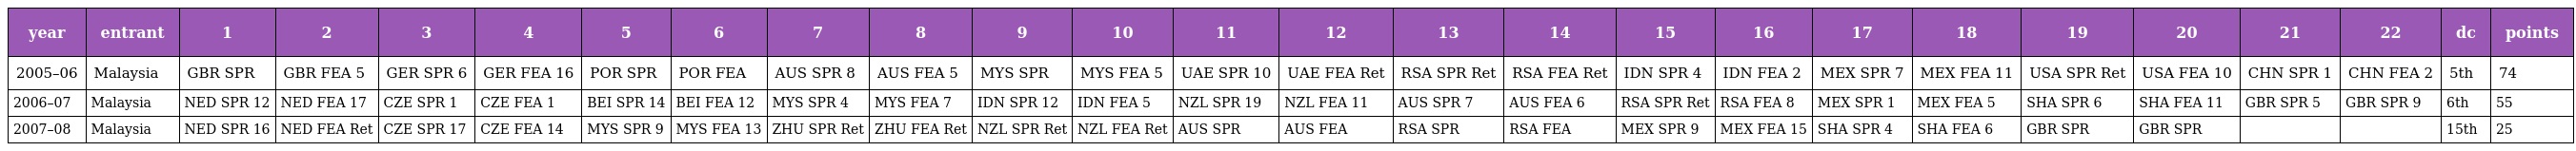
| year | entrant | 1 | 2 | 3 | 4 | 5 | 6 | 7 | 8 | 9 | 10 | 11 | 12 | 13 | 14 | 15 | 16 | 17 | 18 | 19 | 20 | 21 | 22 | dc | points |
 | --- | --- | --- | --- | --- | --- | --- | --- | --- | --- | --- | --- | --- | --- | --- | --- | --- | --- | --- | --- | --- | --- | --- | --- | --- | --- |
 | 2005–06 | Malaysia | GBR SPR | GBR FEA 5 | GER SPR 6 | GER FEA 16 | POR SPR | POR FEA | AUS SPR 8 | AUS FEA 5 | MYS SPR | MYS FEA 5 | UAE SPR 10 | UAE FEA Ret | RSA SPR Ret | RSA FEA Ret | IDN SPR 4 | IDN FEA 2 | MEX SPR 7 | MEX FEA 11 | USA SPR Ret | USA FEA 10 | CHN SPR 1 | CHN FEA 2 | 5th | 74 |
 | 2006–07 | Malaysia | NED SPR 12 | NED FEA 17 | CZE SPR 1 | CZE FEA 1 | BEI SPR 14 | BEI FEA 12 | MYS SPR 4 | MYS FEA 7 | IDN SPR 12 | IDN FEA 5 | NZL SPR 19 | NZL FEA 11 | AUS SPR 7 | AUS FEA 6 | RSA SPR Ret | RSA FEA 8 | MEX SPR 1 | MEX FEA 5 | SHA SPR 6 | SHA FEA 11 | GBR SPR 5 | GBR SPR 9 | 6th | 55 |
 | 2007–08 | Malaysia | NED SPR 16 | NED FEA Ret | CZE SPR 17 | CZE FEA 14 | MYS SPR 9 | MYS FEA 13 | ZHU SPR Ret | ZHU FEA Ret | NZL SPR Ret | NZL FEA Ret | AUS SPR | AUS FEA | RSA SPR | RSA FEA | MEX SPR 9 | MEX FEA 15 | SHA SPR 4 | SHA FEA 6 | GBR SPR | GBR SPR |  |  | 15th | 25 |